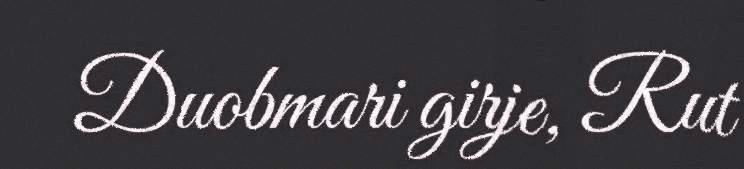
Duobmari girje, Rut